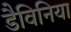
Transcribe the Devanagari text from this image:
डैविनिया